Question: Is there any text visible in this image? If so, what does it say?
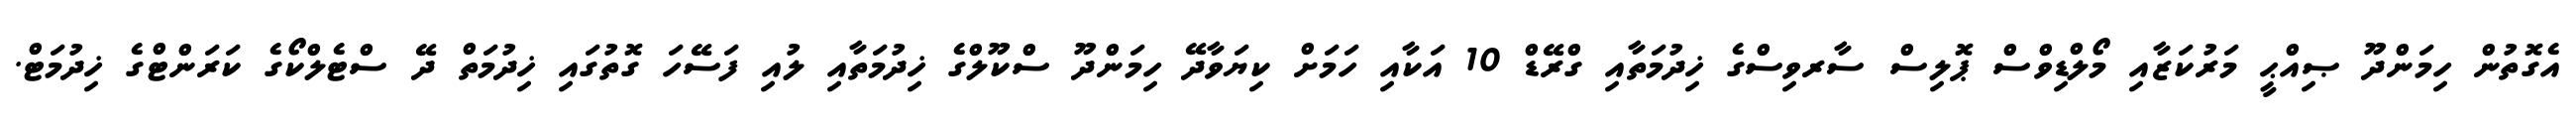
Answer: އެގޮތުން ހިމަންދޫ ޞިއްޙީ މަރުކަޒާއި މޯލްޑިވްސް ޕޮލިސް ސާރވިސްގެ ޚިދުމަތާއި ގްރޭޑް 10 އަކާއި ހަމަށް ކިޔަވާދޭ ހިމަންދޫ ސްކޫލްގެ ޚިދުމަތާއި ލުއި ފަސޭހަ ގޮތުގައި ޚިދުމަތް ދޭ ސްޓެލްކޯގެ ކަރަންޓްގެ ޚިދުމަޓް.